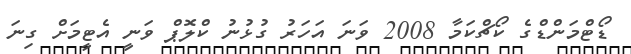
ޑޯޓްމަންޑްގެ ކޯޗްކަމާ 2008 ވަނަ އަހަރު ގުޅުނު ކްލޮޕް ވަނީ އެޓީމަށް ގިނަ